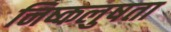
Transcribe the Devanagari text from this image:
निष्कलुषता